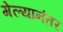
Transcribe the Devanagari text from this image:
गेल्‍यानंतर